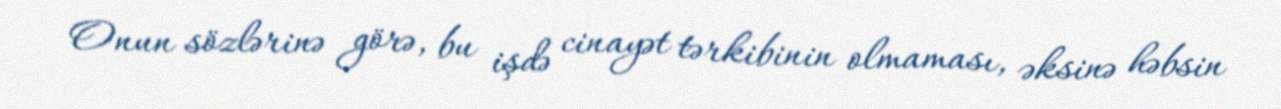
Onun sözlərinə görə, bu işdə cinayət tərkibinin olmaması, əksinə həbsin